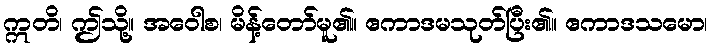
ဣတိ၊ ဤသို့။ အဝေါစ၊ မိန့်တော်မူ၏။ ဧကာဒမသုတ်ပြီး၏။ ဧကာဒသမော၊